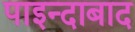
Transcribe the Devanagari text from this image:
पाइन्दाबाद